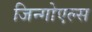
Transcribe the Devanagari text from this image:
जिन्गोएल्स